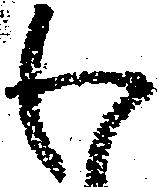
わ